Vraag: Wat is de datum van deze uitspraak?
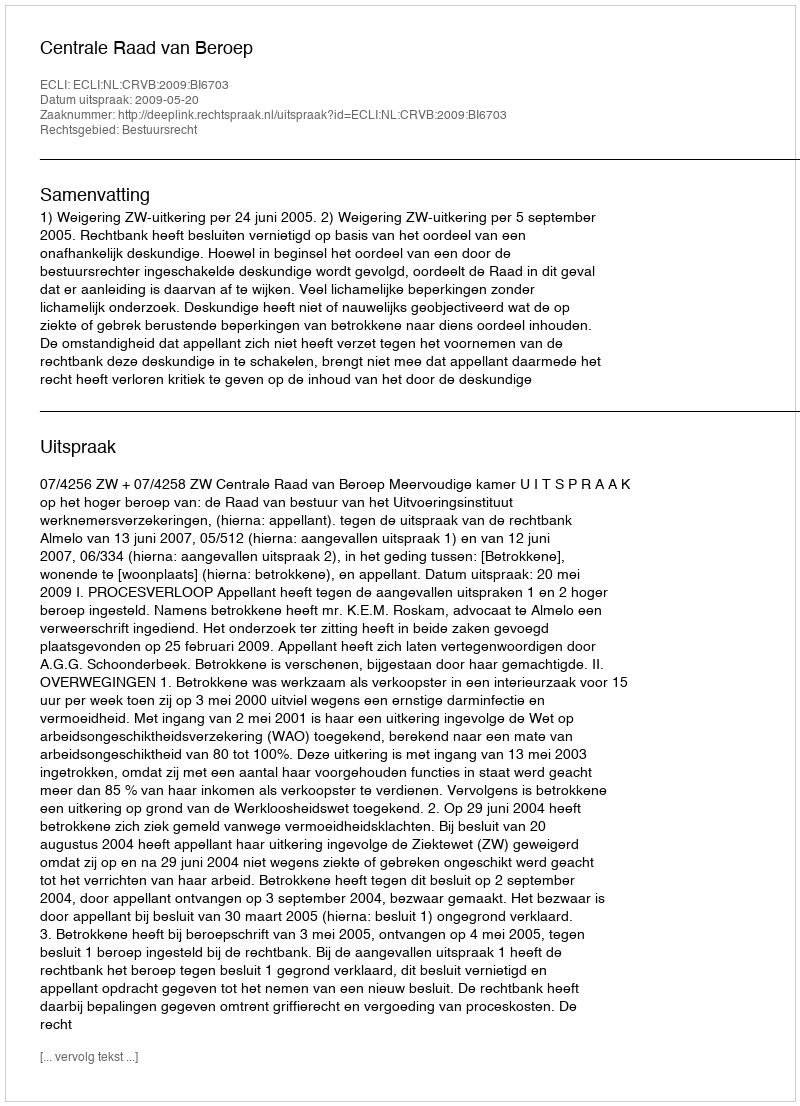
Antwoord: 2009-05-20